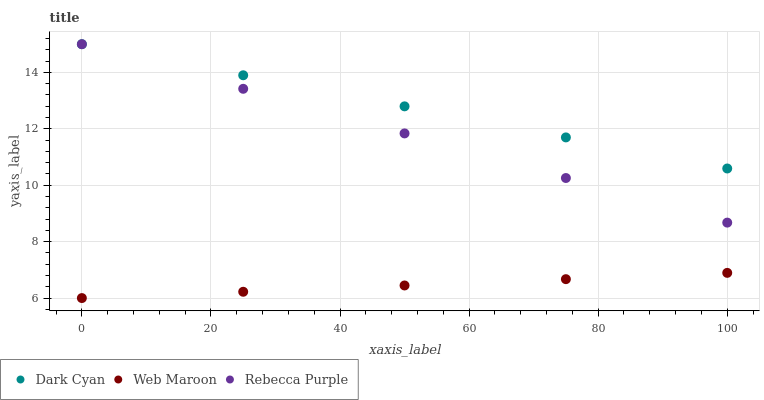
| xaxis_label | Dark Cyan | Web Maroon | Rebecca Purple |
 | --- | --- | --- | --- |
 | 0 | 15 | 6 | 15 |
 | 25 | 13.9 | 6.22 | 13.4 |
 | 50 | 12.8 | 6.45 | 11.8 |
 | 75 | 11.7 | 6.67 | 10.3 |
 | 100 | 10.6 | 6.89 | 8.67 |